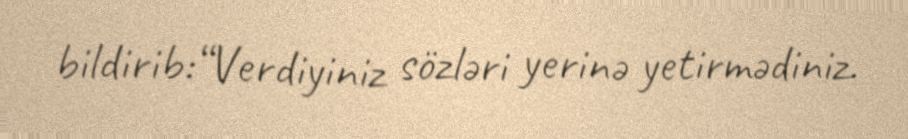
bildirib:“Verdiyiniz sözləri yerinə yetirmədiniz.